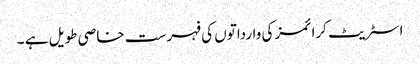
اسٹریٹ کرائمز کی وارداتوں کی فہرست خاصی طویل ہے ۔